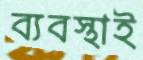
ব্যবস্থাই